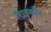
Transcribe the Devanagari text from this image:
लाइनमैन